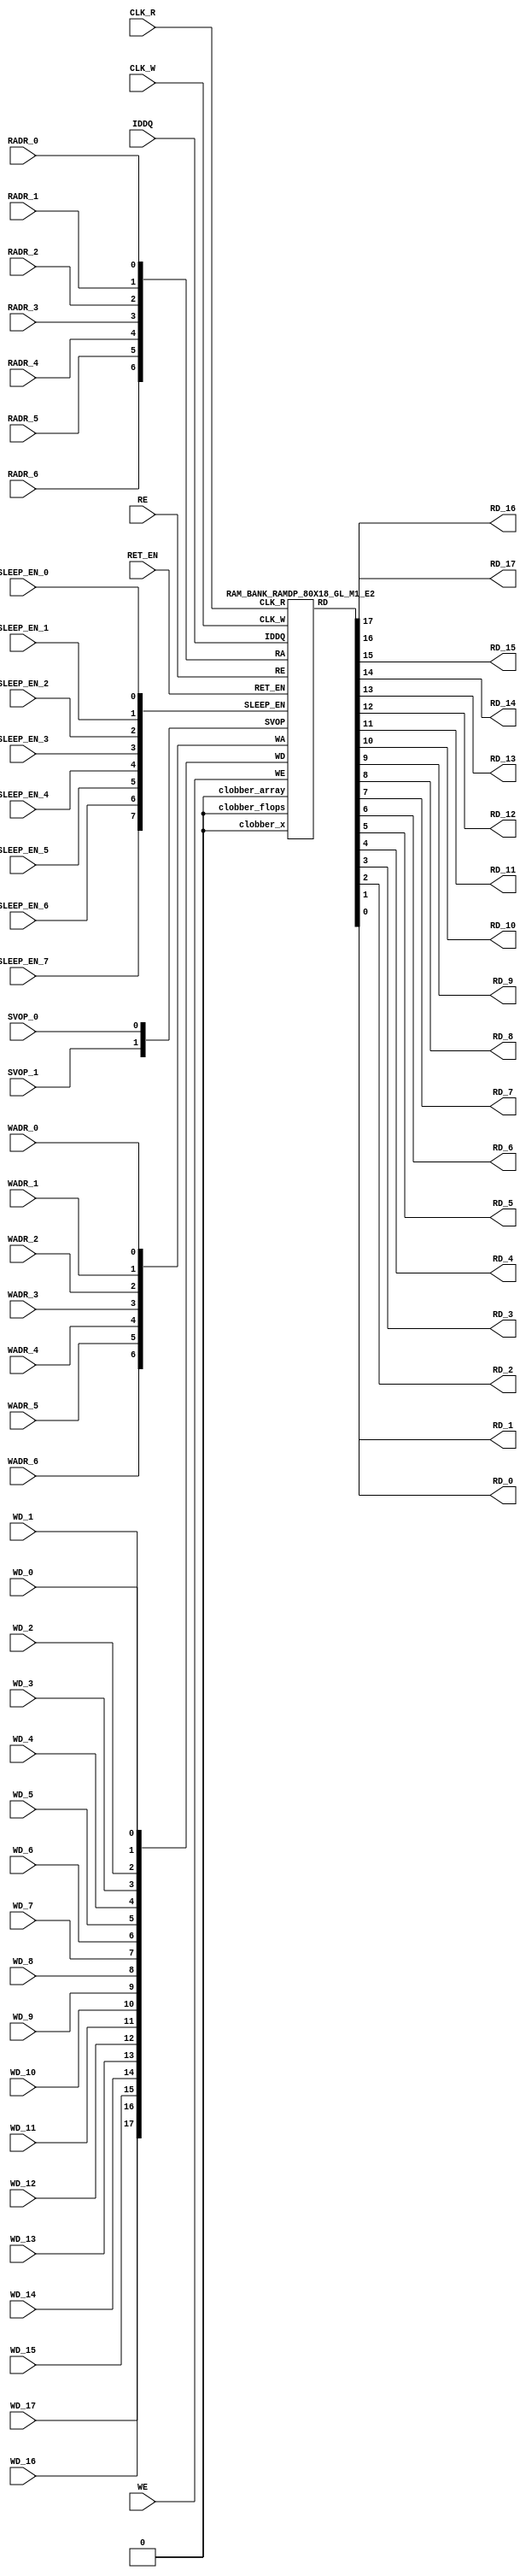
//RAM : RAMDP_80X18_GL_M1_E2
//Technology : TSMC16FFLR
//Compiler version: FINAL.1 - 2017-05-23.14:46:11
`timescale 10ps/1ps
`celldefine
module RAMDP_80X18_GL_M1_E2 (CLK_R, CLK_W, RE, WE
 , RADR_6, RADR_5, RADR_4, RADR_3, RADR_2, RADR_1, RADR_0
    , WADR_6, WADR_5, WADR_4, WADR_3, WADR_2, WADR_1, WADR_0
 , WD_17, WD_16, WD_15, WD_14, WD_13, WD_12, WD_11, WD_10, WD_9, WD_8, WD_7, WD_6, WD_5, WD_4, WD_3, WD_2, WD_1, WD_0
 , RD_17, RD_16, RD_15, RD_14, RD_13, RD_12, RD_11, RD_10, RD_9, RD_8, RD_7, RD_6, RD_5, RD_4, RD_3, RD_2, RD_1, RD_0
    , IDDQ
 , SVOP_1, SVOP_0
    , SLEEP_EN_7, SLEEP_EN_6, SLEEP_EN_5, SLEEP_EN_4, SLEEP_EN_3, SLEEP_EN_2, SLEEP_EN_1, SLEEP_EN_0, RET_EN
);
// nvProps NoBus SLEEP_EN_
`ifndef RAM_INTERFACE
`ifndef EMULATION
`ifndef SYNTHESIS
// Physical ram size defined as localparam
localparam phy_rows = 80;
localparam phy_cols = 18;
localparam phy_rcols_pos = 18'b0;
`endif //ndef SYNTHESIS
`endif //EMULATION
`endif //ndef RAM_INTERFACE
input CLK_R, CLK_W, RE, WE
 , RADR_6, RADR_5, RADR_4, RADR_3, RADR_2, RADR_1, RADR_0
    , WADR_6, WADR_5, WADR_4, WADR_3, WADR_2, WADR_1, WADR_0
 , WD_17, WD_16, WD_15, WD_14, WD_13, WD_12, WD_11, WD_10, WD_9, WD_8, WD_7, WD_6, WD_5, WD_4, WD_3, WD_2, WD_1, WD_0
    , SLEEP_EN_7, SLEEP_EN_6, SLEEP_EN_5, SLEEP_EN_4, SLEEP_EN_3, SLEEP_EN_2, SLEEP_EN_1, SLEEP_EN_0, RET_EN
    , IDDQ
 , SVOP_1, SVOP_0;
output RD_17, RD_16, RD_15, RD_14, RD_13, RD_12, RD_11, RD_10, RD_9, RD_8, RD_7, RD_6, RD_5, RD_4, RD_3, RD_2, RD_1, RD_0;
`ifndef RAM_INTERFACE
//assemble & rename wires
 wire [6:0] RA = {RADR_6, RADR_5, RADR_4, RADR_3, RADR_2, RADR_1, RADR_0};
 wire [6:0] WA = {WADR_6, WADR_5, WADR_4, WADR_3, WADR_2, WADR_1, WADR_0};
 wire [17:0] WD = {WD_17, WD_16, WD_15, WD_14, WD_13, WD_12, WD_11, WD_10, WD_9, WD_8, WD_7, WD_6, WD_5, WD_4, WD_3, WD_2, WD_1, WD_0};
 wire [17:0] RD;
 assign {RD_17, RD_16, RD_15, RD_14, RD_13, RD_12, RD_11, RD_10, RD_9, RD_8, RD_7, RD_6, RD_5, RD_4, RD_3, RD_2, RD_1, RD_0} = RD;
 wire [1:0] SVOP = {SVOP_1, SVOP_0};
    wire [7:0] SLEEP_EN = {SLEEP_EN_7, SLEEP_EN_6, SLEEP_EN_5, SLEEP_EN_4, SLEEP_EN_3, SLEEP_EN_2, SLEEP_EN_1, SLEEP_EN_0};
`ifndef EMULATION
`ifndef SYNTHESIS
//State point clobering signals:
    wire check_x = (SVOP_0 ^ SVOP_1);
    wire clobber_x;
    assign clobber_x = ((check_x === 1'bx) || (check_x === 1'bz)) ? 1'b1 : 1'b0;
    wire clobber_array = ((|SLEEP_EN) & ~RET_EN) | clobber_x;
    wire clobber_flops = (|SLEEP_EN) | clobber_x;
    integer i;
    always @(clobber_array) begin
      if (clobber_array) begin
      for (i=0; i<80; i=i+1) begin
          ITOP.io.array[i] <= 18'bx;
      end
      end
    end
//VCS coverage off
    always @(clobber_flops) begin
        if (clobber_flops) begin
        ITOP.we_lat <= 1'bx;
        ITOP.wa_lat <= 7'bx;
        ITOP.wd_lat <= 18'bx;
        ITOP.re_lat <= 1'bx;
        ITOP.ra_lat <= 7'bx;
        ITOP.io.r0_dout_tmp <= 18'b0;
        end
    end
//VCS coverage on
//VCS coverage off
`ifdef NV_RAM_ASSERT
//first reset signal for nv_assert_module:
    reg sim_reset;
    initial begin: init_sim_reset
        sim_reset = 0;
        #6 sim_reset = 1;
    end
    reg rst_clk;
    initial begin: init_rst_clk
        rst_clk = 0;
        #2 rst_clk = 1;
        #4 rst_clk = 0;
    end
//internal weclk|reclk gating signal:
    wire weclk_gating = ITOP.we_lat & ~IDDQ;
    wire reclk_gating = ITOP.re_lat & ~IDDQ;
//Logic-S1: write address out of range
    wire illegal_logic_assertion_wadr_out_of_range = (ITOP.wa_lat>=7'd80) & weclk_gating;
    wire disable_logic_assertion_wadr_out_of_range = $test$plusargs("disable_logic_assertions_globally") | $test$plusargs("disable_logic_assertion_wadr_out_of_range");
    nv_assert_never #(0,0, "Logic-S1:write address out of range") disable_logic_assertion_wadr_out_of_range_x (CLK_W ^ rst_clk, ~disable_logic_assertion_wadr_out_of_range & sim_reset, illegal_logic_assertion_wadr_out_of_range);
//Logic-S2: read address out of range
    wire illegal_logic_assertion_radr_out_of_range = (ITOP.ra_lat>=7'd80) & reclk_gating;
    wire disable_logic_assertion_radr_out_of_range = $test$plusargs("disable_logic_assertions_globally") | $test$plusargs("disable_logic_assertion_radr_out_of_range");
    nv_assert_never #(0,0, "Logic-S2:read address out of range") disable_logic_assertion_radr_out_of_range_x (CLK_R ^ rst_clk, ~disable_logic_assertion_radr_out_of_range & sim_reset, illegal_logic_assertion_radr_out_of_range);
//Assertion checks for power sequence of G-option RAMDP:
//weclk_gating after 2 clk
    reg weclk_gating_1p, weclk_gating_2p;
    always @(posedge CLK_W) begin
        weclk_gating_1p <= weclk_gating;
        weclk_gating_2p <= weclk_gating_1p;
    end
//reclk_gating after 2 clk
    reg reclk_gating_1p, reclk_gating_2p;
    always @(posedge CLK_R) begin
        reclk_gating_1p <= reclk_gating;
        reclk_gating_2p <= reclk_gating_1p;
    end
//RET_EN off after 2 CLK_W
    reg ret_en_w_1p, ret_en_w_2p;
    always @(posedge CLK_W or posedge RET_EN) begin
        if(RET_EN)
            begin
                ret_en_w_1p <= 1'b1;
                ret_en_w_2p <= 1'b1;
            end
        else
            begin
                ret_en_w_1p <= RET_EN;
                ret_en_w_2p <= ret_en_w_1p;
            end
    end
//RET_EN off after 2 CLK_R
    reg ret_en_r_1p, ret_en_r_2p;
    always @(posedge CLK_R or posedge RET_EN) begin
        if(RET_EN)
            begin
                ret_en_r_1p <= 1'b1;
                ret_en_r_2p <= 1'b1;
            end
        else
            begin
                ret_en_r_1p <= RET_EN;
                ret_en_r_2p <= ret_en_r_1p;
            end
    end
    wire sleep_en_or = (|SLEEP_EN) ;
//SLEEP_EN off after 2 CLK_W
    reg sleep_en_off_w_1p, sleep_en_off_w_2p;
    always @(posedge CLK_W or posedge sleep_en_or) begin
        if(sleep_en_or)
            begin
                sleep_en_off_w_1p <= 1'b1;
                sleep_en_off_w_2p <= 1'b1;
            end
        else
            begin
                sleep_en_off_w_1p <= sleep_en_or;
                sleep_en_off_w_2p <= sleep_en_off_w_1p;
            end
    end
//SLEEP_EN off after 2 CLK_R
    reg sleep_en_off_r_1p, sleep_en_off_r_2p;
    always @(posedge CLK_R or posedge sleep_en_or) begin
        if(sleep_en_or)
            begin
                sleep_en_off_r_1p <= 1'b1;
                sleep_en_off_r_2p <= 1'b1;
            end
        else
            begin
                sleep_en_off_r_1p <= |sleep_en_or;
                sleep_en_off_r_2p <= sleep_en_off_r_1p;
            end
    end
//#1 From function mode to retention mode:
//Power-S1.1:illegal assert RET_EN after asserting SLEEP_EN
    wire disable_power_assertion_S1P1 = $test$plusargs("disable_power_assertions_globally") | $test$plusargs("disable_power_assertion_assert_RET_EN_after_SLEEP_EN_on_when_function2retention");
    nv_assert_never #(0,0, "Power-S1.1:illegal assert RET_EN after asserting SLEEP_EN") inst_S1P1 (RET_EN ^ rst_clk, ~disable_power_assertion_S1P1 & sim_reset, (|SLEEP_EN));
//Power-S1.2:illegal assert RET_EN without 2 nop-CLK
    wire disable_power_assertion_S1P2 = $test$plusargs("disable_power_assertions_globally") | $test$plusargs("disable_power_assertion_assert_RET_EN_without_2_nop_CLK");
    nv_assert_never #(0,0, "Power-S1.2:illegal assert RET_EN without 2 nop-CLK") inst_S1P2 (RET_EN ^ rst_clk, ~disable_power_assertion_S1P2 & sim_reset, weclk_gating | weclk_gating_1p | weclk_gating_2p | reclk_gating | reclk_gating_1p | reclk_gating_2p);
//#2 From retention mode to function mode:
//Power-S2.1:illegal write without 2 nop-CLK after de-asserting RET_EN
    wire disable_power_assertion_S2P1 = $test$plusargs("disable_power_assertions_globally") | $test$plusargs("disable_power_assertion_write_without_2_nop_CLK_after_retention2function");
    nv_assert_never #(0,0, "Power-S2.1:illegal write without 2 nop-CLK after de-asserting RET_EN") inst_S2P1 (CLK_W ^ rst_clk, ~disable_power_assertion_S2P1 & sim_reset, ~RET_EN & ret_en_w_2p & weclk_gating);
//Power-S2.2:illegal read without 2 nop-CLK after de-asserting RET_EN
    wire disable_power_assertion_S2P2 = $test$plusargs("disable_power_assertions_globally") | $test$plusargs("disable_power_assertion_read_without_2_nop_CLK_after_retention2function");
    nv_assert_never #(0,0, "Power-S2.2:illegal read without 2 nop-CLK after de-asserting RET_EN") inst_S2P2 (CLK_R ^ rst_clk, ~disable_power_assertion_S2P2 & sim_reset, ~RET_EN & ret_en_r_2p & reclk_gating);
//#3 From function mode to sleep mode:
//Power-S3.2:illegal assert SLEEP_EN without 2 nop-CLK
    wire disable_power_assertion_S3P2 = $test$plusargs("disable_power_assertions_globally") | $test$plusargs("disable_power_assertion_assert_SLEEP_EN_without_2_nop_CLK");
    nv_assert_never #(0,0, "Power-S3.2:illegal assert SLEEP_EN without 2 nop-CLK") inst_S3P2 ((|SLEEP_EN) ^ rst_clk, ~disable_power_assertion_S3P2 & sim_reset, weclk_gating | weclk_gating_1p | weclk_gating_2p | reclk_gating | reclk_gating_1p | reclk_gating_2p);
//#4 From sleep mode to function mode:
//Power-S4.1:illegal write without 2 nop-CLK after switching from sleep mode to function mode
    wire disable_power_assertion_S4P1 = $test$plusargs("disable_power_assertions_globally") | $test$plusargs("disable_power_assertion_write_without_2_nop_CLK_after_sleep2function");
    nv_assert_never #(0,0, "Power-S4.1:illegal write without 2 nop-CLK after switching from sleep mode to function mode") inst_S4P1 (CLK_W ^ rst_clk, ~disable_power_assertion_S4P1 & sim_reset, ~(|SLEEP_EN) & sleep_en_off_w_2p & weclk_gating);
//Power-S4.2:illegal read without 2 nop-CLK after switching from sleep mode to function mode
    wire disable_power_assertion_S4P2 = $test$plusargs("disable_power_assertions_globally") | $test$plusargs("disable_power_assertion_read_without_2_nop_after_sleep2function");
    nv_assert_never #(0,0, "Power-S4.2:illegal read without 2 nop-CLK after switching from sleep mode to function mode") inst_S4P2 (CLK_R ^ rst_clk, ~disable_power_assertion_S4P2 & sim_reset, ~(|SLEEP_EN) & sleep_en_off_r_2p & reclk_gating);
`endif //NV_RAM_ASSERT
//VCS coverage on
`ifdef NV_RAM_EXPAND_ARRAY
  wire [18-1:0] Q_79 = ITOP.io.array[79];
  wire [18-1:0] Q_78 = ITOP.io.array[78];
  wire [18-1:0] Q_77 = ITOP.io.array[77];
  wire [18-1:0] Q_76 = ITOP.io.array[76];
  wire [18-1:0] Q_75 = ITOP.io.array[75];
  wire [18-1:0] Q_74 = ITOP.io.array[74];
  wire [18-1:0] Q_73 = ITOP.io.array[73];
  wire [18-1:0] Q_72 = ITOP.io.array[72];
  wire [18-1:0] Q_71 = ITOP.io.array[71];
  wire [18-1:0] Q_70 = ITOP.io.array[70];
  wire [18-1:0] Q_69 = ITOP.io.array[69];
  wire [18-1:0] Q_68 = ITOP.io.array[68];
  wire [18-1:0] Q_67 = ITOP.io.array[67];
  wire [18-1:0] Q_66 = ITOP.io.array[66];
  wire [18-1:0] Q_65 = ITOP.io.array[65];
  wire [18-1:0] Q_64 = ITOP.io.array[64];
  wire [18-1:0] Q_63 = ITOP.io.array[63];
  wire [18-1:0] Q_62 = ITOP.io.array[62];
  wire [18-1:0] Q_61 = ITOP.io.array[61];
  wire [18-1:0] Q_60 = ITOP.io.array[60];
  wire [18-1:0] Q_59 = ITOP.io.array[59];
  wire [18-1:0] Q_58 = ITOP.io.array[58];
  wire [18-1:0] Q_57 = ITOP.io.array[57];
  wire [18-1:0] Q_56 = ITOP.io.array[56];
  wire [18-1:0] Q_55 = ITOP.io.array[55];
  wire [18-1:0] Q_54 = ITOP.io.array[54];
  wire [18-1:0] Q_53 = ITOP.io.array[53];
  wire [18-1:0] Q_52 = ITOP.io.array[52];
  wire [18-1:0] Q_51 = ITOP.io.array[51];
  wire [18-1:0] Q_50 = ITOP.io.array[50];
  wire [18-1:0] Q_49 = ITOP.io.array[49];
  wire [18-1:0] Q_48 = ITOP.io.array[48];
  wire [18-1:0] Q_47 = ITOP.io.array[47];
  wire [18-1:0] Q_46 = ITOP.io.array[46];
  wire [18-1:0] Q_45 = ITOP.io.array[45];
  wire [18-1:0] Q_44 = ITOP.io.array[44];
  wire [18-1:0] Q_43 = ITOP.io.array[43];
  wire [18-1:0] Q_42 = ITOP.io.array[42];
  wire [18-1:0] Q_41 = ITOP.io.array[41];
  wire [18-1:0] Q_40 = ITOP.io.array[40];
  wire [18-1:0] Q_39 = ITOP.io.array[39];
  wire [18-1:0] Q_38 = ITOP.io.array[38];
  wire [18-1:0] Q_37 = ITOP.io.array[37];
  wire [18-1:0] Q_36 = ITOP.io.array[36];
  wire [18-1:0] Q_35 = ITOP.io.array[35];
  wire [18-1:0] Q_34 = ITOP.io.array[34];
  wire [18-1:0] Q_33 = ITOP.io.array[33];
  wire [18-1:0] Q_32 = ITOP.io.array[32];
  wire [18-1:0] Q_31 = ITOP.io.array[31];
  wire [18-1:0] Q_30 = ITOP.io.array[30];
  wire [18-1:0] Q_29 = ITOP.io.array[29];
  wire [18-1:0] Q_28 = ITOP.io.array[28];
  wire [18-1:0] Q_27 = ITOP.io.array[27];
  wire [18-1:0] Q_26 = ITOP.io.array[26];
  wire [18-1:0] Q_25 = ITOP.io.array[25];
  wire [18-1:0] Q_24 = ITOP.io.array[24];
  wire [18-1:0] Q_23 = ITOP.io.array[23];
  wire [18-1:0] Q_22 = ITOP.io.array[22];
  wire [18-1:0] Q_21 = ITOP.io.array[21];
  wire [18-1:0] Q_20 = ITOP.io.array[20];
  wire [18-1:0] Q_19 = ITOP.io.array[19];
  wire [18-1:0] Q_18 = ITOP.io.array[18];
  wire [18-1:0] Q_17 = ITOP.io.array[17];
  wire [18-1:0] Q_16 = ITOP.io.array[16];
  wire [18-1:0] Q_15 = ITOP.io.array[15];
  wire [18-1:0] Q_14 = ITOP.io.array[14];
  wire [18-1:0] Q_13 = ITOP.io.array[13];
  wire [18-1:0] Q_12 = ITOP.io.array[12];
  wire [18-1:0] Q_11 = ITOP.io.array[11];
  wire [18-1:0] Q_10 = ITOP.io.array[10];
  wire [18-1:0] Q_9 = ITOP.io.array[9];
  wire [18-1:0] Q_8 = ITOP.io.array[8];
  wire [18-1:0] Q_7 = ITOP.io.array[7];
  wire [18-1:0] Q_6 = ITOP.io.array[6];
  wire [18-1:0] Q_5 = ITOP.io.array[5];
  wire [18-1:0] Q_4 = ITOP.io.array[4];
  wire [18-1:0] Q_3 = ITOP.io.array[3];
  wire [18-1:0] Q_2 = ITOP.io.array[2];
  wire [18-1:0] Q_1 = ITOP.io.array[1];
  wire [18-1:0] Q_0 = ITOP.io.array[0];
`endif //def NV_RAM_EXPAND_ARRAY
//VCS coverage off
`ifdef MONITOR
task monitor_on;
    begin
        ITOP.io.monitor_on = 1'b1;
    end
endtask
task monitor_off;
    begin
        ITOP.io.monitor_on = 1'b0;
        ITOP.io.dump_monitor_result = 1'b1;
    end
endtask
`endif//def MONITOR
//VCS coverage on
//VCS coverage off
task mem_fill_value;
input fill_bit;
integer i;
begin
    for (i=0; i<80; i=i+1) begin
     ITOP.io.array[i] = {18{fill_bit}};
    end
end
endtask
task mem_fill_random;
integer i;
integer j;
reg [17:0] val;
begin
    for (j=0; j<80; j=j+1) begin
        for (i=0; i<18; i=i+1) begin
            val[i] = {$random};
        end
     ITOP.io.array[j] = val;
    end
end
endtask
task mem_write;
  input [6:0] addr;
  input [17:0] data;
  begin
     ITOP.io.mem_wr_raw(addr,data);
  end
endtask
function [17:0] mem_read;
  input [6:0] addr;
  begin
 mem_read = ITOP.io.mem_read_raw(addr);
  end
endfunction
task force_rd;
  input [6:0] addr;
  begin
 ITOP.io.r0_dout_tmp = ITOP.io.array[addr];
  end
endtask
`ifdef MEM_PHYS_INFO
task mem_phys_write;
  input [6:0] addr;
  input [17:0] data;
  begin
     ITOP.io.mem_wr_raw(addr,data);
  end
endtask
function [17:0] mem_phys_read_padr;
  input [6:0] addr;
  begin
 mem_phys_read_padr = ITOP.io.mem_read_raw(addr);
  end
endfunction
function [6:0] mem_log_to_phys_adr;
    input [6:0] addr;
    begin
    mem_log_to_phys_adr = addr;
    end
endfunction
function [17:0] mem_phys_read_pmasked;
  input [6:0] addr;
  begin
 mem_phys_read_pmasked = ITOP.io.mem_read_raw(addr);
  end
endfunction
function [17:0] mem_phys_read_ladr;
  input [6:0] addr;
  begin
 mem_phys_read_ladr = mem_phys_read_padr(mem_log_to_phys_adr(addr));
  end
endfunction
`endif //def MEM_PHYS_INFO
`ifdef FAULT_INJECTION
task mem_fault_no_write;
  input [17:0] fault_mask;
   begin
    ITOP.io.mem_fault_no_write(fault_mask);
  end
endtask
task mem_fault_stuck_0;
  input [17:0] fault_mask;
  integer i;
   begin
    ITOP.io.mem_fault_stuck_0(fault_mask);
   end
endtask
task mem_fault_stuck_1;
  input [17:0] fault_mask;
  integer i;
   begin
    ITOP.io.mem_fault_stuck_1(fault_mask);
  end
endtask
task set_bit_fault_stuck_0;
  input r;
  input c;
  integer r;
  integer c;
    ITOP.io.set_bit_fault_stuck_0(r,c);
endtask
task set_bit_fault_stuck_1;
  input r;
  input c;
  integer r;
  integer c;
    ITOP.io.set_bit_fault_stuck_1(r,c);
endtask
task clear_bit_fault_stuck_0;
  input r;
  input c;
  integer r;
  integer c;
    ITOP.io.clear_bit_fault_stuck_0(r,c);
endtask
task clear_bit_fault_stuck_1;
  input r;
  input c;
  integer r;
  integer c;
    ITOP.io.clear_bit_fault_stuck_1(r,c);
endtask
//VCS coverage on
`endif //def FAULT_INJECTION
`else //def SYNTHESIS
    wire clobber_x;
    assign clobber_x = 1'b0;
    wire clobber_array = 1'b0;
    wire clobber_flops = 1'b0;
`endif //ndef SYNTHESIS
//instantiate memory bank
 RAM_BANK_RAMDP_80X18_GL_M1_E2 ITOP (
  .RE(RE),
  .WE(WE),
  .RA(RA),
  .WA(WA),
  .CLK_R(CLK_R),
  .CLK_W(CLK_W),
  .IDDQ(IDDQ),
  .SVOP(SVOP),
  .WD(WD),
  .RD(RD),
  .SLEEP_EN(SLEEP_EN),
        .RET_EN(RET_EN),
        .clobber_flops(clobber_flops),
        .clobber_array(clobber_array),
        .clobber_x(clobber_x)
 );
//VCS coverage off
`else //def EMULATION
// Simple emulation model without MBIST, SCAN or REDUNDANCY
//common part for write
     reg we_ff;
        reg [6:0] wa_ff;
        reg [17:0] wd_ff;
     always @(posedge CLK_W) begin // spyglass disable W391
                we_ff <= WE;
                wa_ff <= WA;
                wd_ff <= WD;
     end
//common part for read
     reg re_lat;
        always @(*) begin
      if (!CLK_R) begin
                re_lat <= RE; // spyglass disable W18
      end
     end
     wire reclk = CLK_R & re_lat;
     reg [6:0] ra_ff;
     always @(posedge CLK_R) begin // spyglass disable W391
       ra_ff <= RA;
     end
        reg [17:0] dout;
        assign RD = dout;
//memory array
     reg [17:0] array[0:79];
     always @(negedge CLK_W ) begin
            if (we_ff) begin
       array[wa_ff] <= wd_ff; // spyglass disable SYNTH_5130
            end
     end
     always @(*) begin
      if (reclk) begin
       dout <= array[ra_ff]; // spyglass disable SYNTH_5130, W18
      end
     end
// End of the simple emulation model
`endif //def EMULATION
//VCS coverage on
`endif //ndef RAM_INTERFACE
endmodule
`endcelldefine
/////////////////////////////////////////////////////////////////////////////////////////////////////////////////////////////////
/////////////////////////////// memory bank block : defines internal logic of the RAMDP /////////////////////////////////////////
/////////////////////////////////////////////////////////////////////////////////////////////////////////////////////////////////
`ifndef RAM_INTERFACE
`ifndef EMULATION
module RAM_BANK_RAMDP_80X18_GL_M1_E2 (RE, WE, RA, WA, CLK_R, CLK_W, IDDQ, SVOP, WD, RD, SLEEP_EN, RET_EN, clobber_flops, clobber_array, clobber_x
);
input RET_EN;
input RE, WE, CLK_R, CLK_W, IDDQ;
input [6:0] RA, WA;
input [17:0] WD;
input [1:0] SVOP;
input [7:0] SLEEP_EN;
input clobber_flops, clobber_array, clobber_x;
output [17:0] RD;
//State point clobering signals:
    wire output_valid = ~(clobber_x | (|SLEEP_EN));
    wire clamp_o = SLEEP_EN[7] | RET_EN;
//common part for write
    wire clk_w_iddq = CLK_W & ~IDDQ & ~clamp_o;
 reg we_lat;
 always @(*) begin
  if (!clk_w_iddq & !clobber_flops) begin
   we_lat <= WE; // spyglass disable W18, IntClock
  end
 end
// weclk with posedge 1 dly | negedge 2 dly
    wire weclk, weclk_d0, weclk_d1, weclk_d2;
    assign weclk_d0 = clk_w_iddq & we_lat & ~clobber_flops & ~clobber_array;
    assign #1 weclk_d1 = weclk_d0;
    assign #1 weclk_d2 = weclk_d1;
    assign weclk = weclk_d1 | weclk_d2; // spyglass disable GatedClock
// wadclk with posedge 0 dly | negedge 3 dly
    wire wadclk, wadclk_d0, wadclk_d1, wadclk_d2, wadclk_d3;
    assign wadclk_d0 = clk_w_iddq & we_lat;
    assign #1 wadclk_d1 = wadclk_d0;
    assign #1 wadclk_d2 = wadclk_d1;
    assign #1 wadclk_d3 = wadclk_d2;
    assign wadclk = wadclk_d0 | wadclk_d1 | wadclk_d2 | wadclk_d3;
// wdclk with posedge 0 dly | negedge 3 dly
    wire wdclk, wdclk_d0, wdclk_d1, wdclk_d2, wdclk_d3;
    assign wdclk_d0 = clk_w_iddq & we_lat;
    assign #1 wdclk_d1 = wdclk_d0;
    assign #1 wdclk_d2 = wdclk_d1;
    assign #1 wdclk_d3 = wdclk_d2;
    assign wdclk = wdclk_d0 | wdclk_d1 | wdclk_d2 | wdclk_d3;
    reg [6:0] wa_lat;
 always @(*) begin
  if (!wadclk & !clobber_flops) begin
   wa_lat <= WA; // spyglass disable W18, IntClock
  end
 end
 reg [17:0] wd_lat;
 always @(*) begin
  if (!wdclk & !clobber_flops) begin
   wd_lat <= WD; // spyglass disable W18, IntClock
  end
 end
//common part for read
 reg re_lat;
 always @(*) begin
  if (!CLK_R & !clobber_flops) begin
   re_lat <= RE; // spyglass disable W18, IntClock
  end
 end
// reclk with posedge 1 dly | negedge 0 dly
    wire reclk, reclk_d0, reclk_d1;
    assign reclk_d0 = CLK_R & ~IDDQ & re_lat & ~clamp_o;
    assign #1 reclk_d1 = reclk_d0;
    assign reclk = reclk_d0 & reclk_d1; // spyglass disable GatedClock
// radclk with posedge 0 dly | negedge 1 dly
    wire radclk, radclk_d0, radclk_d1;
    assign radclk_d0 = CLK_R & ~IDDQ & re_lat & ~clamp_o;
    assign #1 radclk_d1 = radclk_d0;
    assign radclk = radclk_d0 | radclk_d1;
 reg [6:0] ra_lat;
 always @(*) begin
  if (!radclk & !clobber_flops) begin
   ra_lat <= RA; // spyglass disable W18, IntClock
  end
 end
 wire [17:0] dout;
 assign RD = clamp_o ? 18'b0 : (output_valid ? dout : 18'bx); //spyglass disable STARC-2.10.1.6
//for E-option RAM
 vram_RAMDP_80X18_GL_M1_E2 # (80, 18, 7) io (
  .w0_addr(wa_lat),
  .w0_clk(weclk),
  .w0_bwe({18{1'b1}}),
  .w0_din(wd_lat),
  .r0_addr(ra_lat),
  .r0_clk(reclk),
  .r0_dout(dout),
        .clamp_o(clamp_o)
 );
endmodule
`endif //ndef EMULATION
`endif //ndef RAM_INTERFACE
/////////////////////////////////////////////////////////////////////////////////////////////////////////////////////////////////
///////////////////////////////  ram primitive : defines 2D behavioral memory array of the RAMDP ////////////////////////////////
/////////////////////////////////////////////////////////////////////////////////////////////////////////////////////////////////
`ifndef RAM_INTERFACE
`ifndef EMULATION
module vram_RAMDP_80X18_GL_M1_E2 (
 w0_addr,
 w0_clk,
 w0_bwe,
 w0_din,
 r0_addr,
 r0_clk,
 r0_dout,
    clamp_o
);
parameter words = 80;
parameter bits = 18;
parameter addrs = 7;
input [addrs-1:0] w0_addr;
input w0_clk;
input [bits-1:0] w0_din;
input [bits-1:0] w0_bwe;
input [addrs-1:0] r0_addr;
input r0_clk;
input clamp_o;
output [bits-1:0] r0_dout;
integer a;
`ifndef SYNTHESIS
`ifdef FAULT_INJECTION
// regs for inducing faults
 reg [bits-1:0] fault_no_write; // block writes to this column
 reg [bits-1:0] fault_stuck_0; // column always reads as 0
 reg [bits-1:0] fault_stuck_1; // column always reads as 1
 reg [bits-1:0] bit_fault_stuck_0[0:words-1]; // column always reads as 0
 reg [bits-1:0] bit_fault_stuck_1[0:words-1]; // column always reads as 1
 initial begin : init_bit_fault_stuck
   integer i;
   integer j;
   fault_no_write = {bits{1'b0}};
   fault_stuck_0 = {bits{1'b0}};
   fault_stuck_1 = {bits{1'b0}};
   for (i=0; i<=words; i=i+1) begin
       bit_fault_stuck_0[i] = {bits{1'b0}};
       bit_fault_stuck_1[i] = {bits{1'b0}};
   end
 end
`endif //def FAULT_INJECTION
`ifdef MONITOR
//VCS coverage off
// monitor variables
reg monitor_on;
reg dump_monitor_result;
// this monitors coverage including redundancy cols
// 1'bx = not accessed
// 1'b0 = accessed as a 0
// 1'b1 = accessed as a 1
// 1'bz = accessed as both 0 and 1
reg [bits-1:0] bit_written[0:words-1];
reg [bits-1:0] bit_read[0:words-1];
initial begin : init_monitor
  monitor_on = 1'b0;
  dump_monitor_result = 1'b0;
  for(a=0;a<words;a=a+1) begin
      bit_written[a] = {bits{1'bx}};
      bit_read[a] = {bits{1'bx}};
  end
end
always @(dump_monitor_result) begin : dump_monitor
    integer r;
 integer c;
    integer b;
 reg [18-1:0] tmp_row;
     if (dump_monitor_result == 1'b1) begin
      $display("Exercised coverage summary:");
      $display("\t%m bits not written as 0:");
      for (r=0; r<80; r=r+1) begin
          tmp_row = bit_written[r];
       for (c=0; c<18; c=c+1) begin
        if (tmp_row[c] !== 1'b0 && tmp_row[c] !== 1'bz) $display("\t\t[row,col] [%d,%d]", r, c);
       end
      end
            $display("\t%m bits not written as 1:");
      for (r=0; r<80; r=r+1) begin
          tmp_row = bit_written[r];
       for (c=0; c<18; c=c+1) begin
        if (tmp_row[c] !== 1'b1 && tmp_row[c] !== 1'bz) $display("\t\t[row,col] [%d,%d]", r, c);
       end
      end
      $display("\t%m bits not read as 0:");
      for (r=0; r<80; r=r+1) begin
          tmp_row = bit_read[r];
       for (c=0; c<18; c=c+1) begin
        if (tmp_row[c] !== 1'b0 && tmp_row[c] !== 1'bz) $display("\t\t[row,col] [%d,%d]", r, c);
       end
      end
      $display("\t%m bits not read as 1:");
      for (r=0; r<80; r=r+1) begin
          tmp_row = bit_read[r];
       for (c=0; c<18; c=c+1) begin
        if (tmp_row[c] !== 1'b1 && tmp_row[c] !== 1'bz) $display("\t\t[row,col] [%d,%d]", r, c);
       end
      end
        end
 dump_monitor_result = 1'b0;
end
//VCS coverage on
`endif //MONITOR
`endif //ndef SYNTHESIS
//memory array
 reg [bits-1:0] array[0:words-1];
// Bit write enable
`ifndef SYNTHESIS
    `ifdef FAULT_INJECTION
        wire [bits-1:0] bwe_with_fault = w0_bwe & ~fault_no_write;
        wire [bits-1:0] re_with_fault = ~(bit_fault_stuck_1[r0_addr] | bit_fault_stuck_0[r0_addr]);
    `else
        wire [bits-1:0] bwe_with_fault = w0_bwe;
        wire [bits-1:0] re_with_fault = {bits{1'b1}};
    `endif //def FAULT_INJECTION
`else
    wire [bits-1:0] bwe_with_fault = w0_bwe;
`endif //SYNTHESIS
//write function
    wire [bits-1:0] bitclk = {bits{w0_clk}} & bwe_with_fault;
    genvar idx;
    generate
        for (idx=0; idx<bits; idx=idx+1)
        begin : write
            always @(bitclk[idx] or w0_clk or w0_addr or w0_din[idx])
            begin
                if (bitclk[idx] && w0_clk)
                begin
                    array[w0_addr][idx] <= w0_din[idx]; // spyglass disable SYNTH_5130, W18
                    `ifndef SYNTHESIS
                    `ifdef MONITOR
//VCS coverage off
                    if (monitor_on) begin
         case (bit_written[w0_addr][idx])
             1'bx: bit_written[w0_addr][idx] = w0_din[idx];
             1'b0: bit_written[w0_addr][idx] = w0_din[idx] == 1 ? 1'bz : 1'b0;
             1'b1: bit_written[w0_addr][idx] = w0_din[idx] == 0 ? 1'bz : 1'b1;
             1'bz: bit_written[w0_addr][idx] = 1'bz;
         endcase
                    end
//VCS coverage on
                    `endif //MONITOR	    
                    `endif //SYNTHESIS	
                end
            end
        end
    endgenerate
//read function
 wire [bits-1:0] r0_arr;
`ifndef SYNTHESIS
    `ifdef FAULT_INJECTION
     assign r0_arr = (array[r0_addr] | bit_fault_stuck_1[r0_addr]) & ~bit_fault_stuck_0[r0_addr]; //read fault injection
    `else
     assign r0_arr = array[r0_addr];
    `endif //def FAULT_INJECTION
`else
    assign r0_arr = array[r0_addr]; // spyglass disable SYNTH_5130
`endif //def SYNTHESIS
    wire r0_clk_d0p1, r0_clk_read, r0_clk_reset_collision;
    assign #0.1 r0_clk_d0p1 = r0_clk;
    assign r0_clk_read = r0_clk_d0p1 & r0_clk; // spyglass disable GatedClock
    assign r0_clk_reset_collision = r0_clk | r0_clk_d0p1; // spyglass disable W402b
`ifndef SYNTHESIS
`ifdef MONITOR
//VCS coverage off
    always @(r0_clk_read) begin
        if (monitor_on) begin
            for (a=0; a<bits; a=a+1) begin
             if (re_with_fault[a] && r0_clk_read) begin
                 case (bit_read[r0_addr][a])
               1'bx: bit_read[r0_addr][a] = array[r0_addr][a];
            1'b0: bit_read[r0_addr][a] = array[r0_addr][a] == 1 ? 1'bz : 1'b0;
            1'b1: bit_read[r0_addr][a] = array[r0_addr][a] == 0 ? 1'bz : 1'b1;
            1'bz: bit_read[r0_addr][a] = 1'bz;
              endcase
             end
         end
        end
    end
//VCS coverage on
`endif //MONITOR
`endif //SYNTHESIS
 reg [bits-1:0] collision_ff;
    wire [bits-1:0] collision_ff_clk = {bits{w0_clk}} & {bits{r0_clk_read}} & {bits{r0_addr==w0_addr}} & bwe_with_fault; //spyglass disable GatedClock
    genvar bw;
    generate
        for (bw=0; bw<bits; bw=bw+1)
        begin : collision
         always @(posedge collision_ff_clk[bw] or negedge r0_clk_reset_collision) begin
                if (!r0_clk_reset_collision)
                    begin
                        collision_ff[bw] <= 1'b0;
                    end
                else
                    begin
                        collision_ff[bw] <= 1'b1;
                    end
            end
        end
    endgenerate
 reg [bits-1:0] r0_dout_tmp;
 always @(*)
 begin
     if (r0_clk_read) begin
            for (a=0; a<bits; a=a+1) begin
                r0_dout_tmp[a] <= ( collision_ff[a] | (r0_addr==w0_addr & w0_clk & bwe_with_fault[a]) ) ? 1'bx : r0_arr[a] & ~clamp_o; //spyglass disable STARC-2.10.1.6, W18
            end
        end
    end
    wire [bits-1:0] r0_dout = r0_dout_tmp & {bits{~clamp_o}};
`ifndef SYNTHESIS
//VCS coverage off
task mem_wr_raw;
  input [addrs-1:0] addr;
  input [bits-1:0] data;
  begin
    array[addr] = data;
  end
endtask
function [bits-1:0] mem_read_raw;
input [addrs-1:0] addr;
 mem_read_raw = array[addr];
endfunction
`ifdef FAULT_INJECTION
// induce faults on columns
task mem_fault_no_write;
  input [bits-1:0] fault_mask;
   begin
    fault_no_write = fault_mask;
  end
endtask
task mem_fault_stuck_0;
  input [bits-1:0] fault_mask;
  integer i;
   begin
    for ( i=0; i<words; i=i+1 ) begin
      bit_fault_stuck_0[i] = fault_mask;
    end
  end
endtask
task mem_fault_stuck_1;
  input [bits-1:0] fault_mask;
  integer i;
   begin
    for ( i=0; i<words; i=i+1 ) begin
      bit_fault_stuck_1[i] = fault_mask;
    end
  end
endtask
task set_bit_fault_stuck_0;
  input r;
  input c;
  integer r;
  integer c;
  bit_fault_stuck_0[r][c] = 1;
endtask
task set_bit_fault_stuck_1;
  input r;
  input c;
  integer r;
  integer c;
  bit_fault_stuck_1[r][c] = 1;
endtask
task clear_bit_fault_stuck_0;
  input r;
  input c;
  integer r;
  integer c;
  bit_fault_stuck_0[r][c] = 0;
endtask
task clear_bit_fault_stuck_1;
  input r;
  input c;
  integer r;
  integer c;
  bit_fault_stuck_1[r][c] = 0;
endtask
//VCS coverage on
`endif //def FAULT_INJECTION
`endif //ndef SYNTHESIS
endmodule
`endif //ndef EMULATION
`endif //ndef RAM_INTERFACE